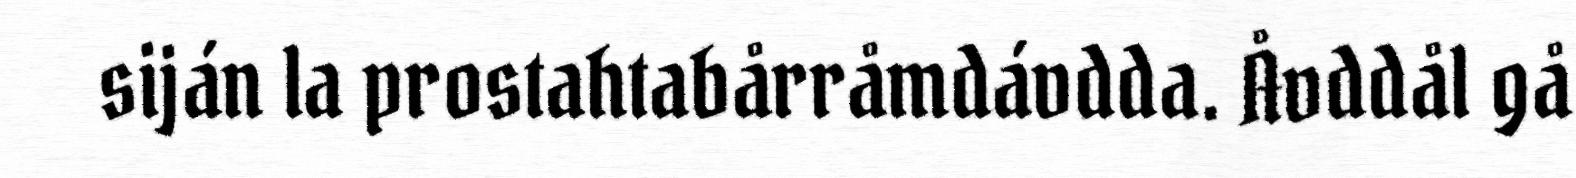
siján la prostahtabårråmdávdda. Åvddål gå